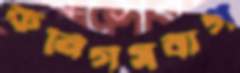
কনিগসবার্গ